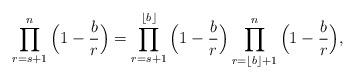
LaTeX: \begin{align*}\prod_{r=s+1}^{n}\Big(1-\frac{b}{r}\Big)= \prod_{r=s+1}^ {\lfloor{b}\rfloor}\Big(1-\frac{b}{r}\Big)\prod_{r=\lfloor{b}\rfloor+1}^{n}\Big(1-\frac{b}{r}\Big),\end{align*}